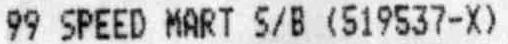
99 SPEED MART S/B (519537-X)